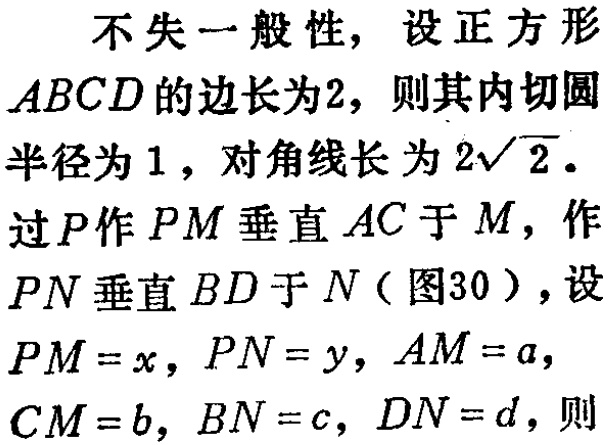
不失一般性，设正方形\(ABCD\)的边长为\(2\)，则其内切圆半径为\(1\)，对角线长为\(2\sqrt{2}\)。
过\(P\)作\(PM\)垂直\(AC\)于\(M\)，作\(PN\)垂直\(BD\)于\(N\)（图30），设\(PM = x\)，\(PN = y\)，\(AM = a\)，\(CM = b\)，\(BN = c\)，\(DN = d\)，则